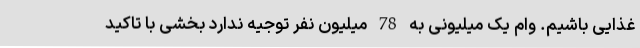
غذایی باشیم. وام یک میلیونی به 78 میلیون نفر توجیه ندارد بخشی با تاکید